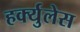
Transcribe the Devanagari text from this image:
हर्क्युलेस